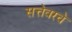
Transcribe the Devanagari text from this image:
सत्तेवरचे